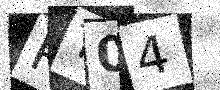
Text: RT04